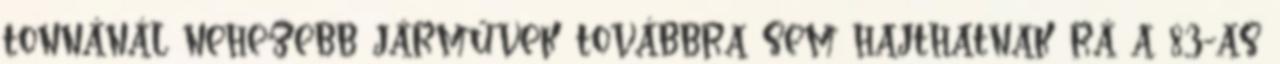
tonnánál nehezebb járművek továbbra sem hajthatnak rá a 83-as